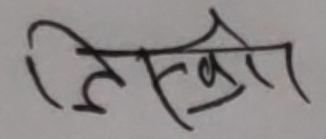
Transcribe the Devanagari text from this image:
लिख्ने।